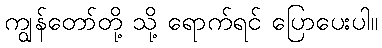
ကျွန်တော်တို့ သို့ ရောက်ရင် ပြောပေးပါ။